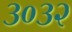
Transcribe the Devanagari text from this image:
३०३२